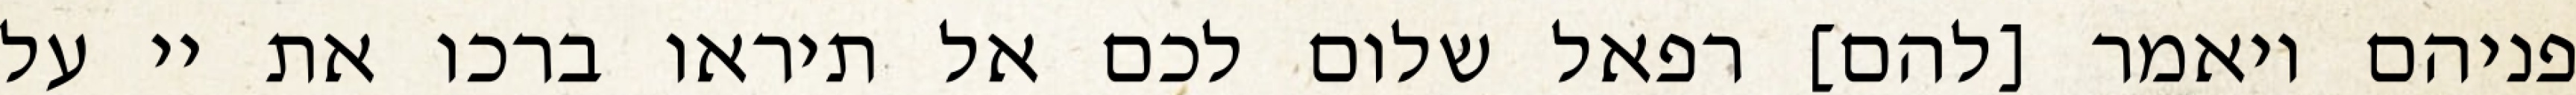
פניהם ויאמר [להם] רפאל שלום לכם אל תיראו ברכו את יי על